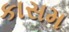
કાસમ